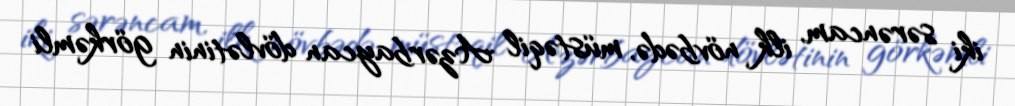
iki sərəncam, ilk növbədə, müstəqil Azərbaycan dövlətinin görkəmli